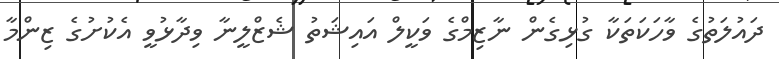
ދައުލަތުގެ ވާހަކަތަކާ ގުޅިގެން ނާޒިމްގެ ވަކީލް އައިޝަތު ޝެޒްލީނާ ވިދާޅުވީ އެކުށުގެ ޒިންމާ